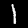
Digit: 1